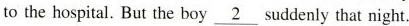
to the hospital. But the boy \underline{2} suddenly that night.